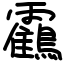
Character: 靍